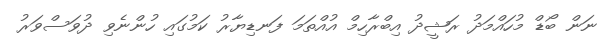
ނަން ބޯޑް މުހައްމަދު ރަޝީދު އިބްރާހިމް އުއްތަމަ ފަނޑިޔާރު ކަމުގައި ހުންނެވި ދުވަސްވަރު